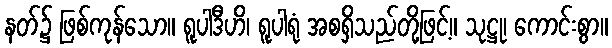
နတ်၌ ဖြစ်ကုန်သော။ ရူပါဒီဟိ၊ ရူပါရုံ အစရှိသည်တို့ဖြင့်။ သုဋ္ဌု၊ ကောင်းစွာ။